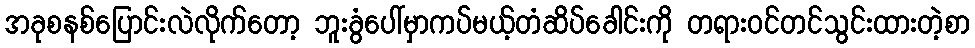
အခုစနစ်ပြောင်းလဲလိုက်တော့ ဘူးခွံပေါ်မှာကပ်မယ့်တံဆိပ်ခေါင်းကို တရားဝင်တင်သွင်းထားတဲ့စာ